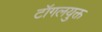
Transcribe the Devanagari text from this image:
टॉगलयुक्त